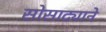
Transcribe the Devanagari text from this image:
सोसाट्याने